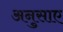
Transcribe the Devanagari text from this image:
अनुसाए